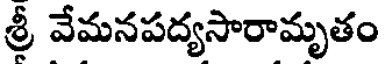
శ్రీ వేమనపద్యసారామృతం